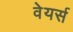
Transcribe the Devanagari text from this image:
वेयर्स